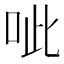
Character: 呲